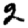
Digit: 2